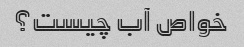
خواص آب چیست؟